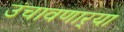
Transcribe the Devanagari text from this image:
उंचावणार्‍या